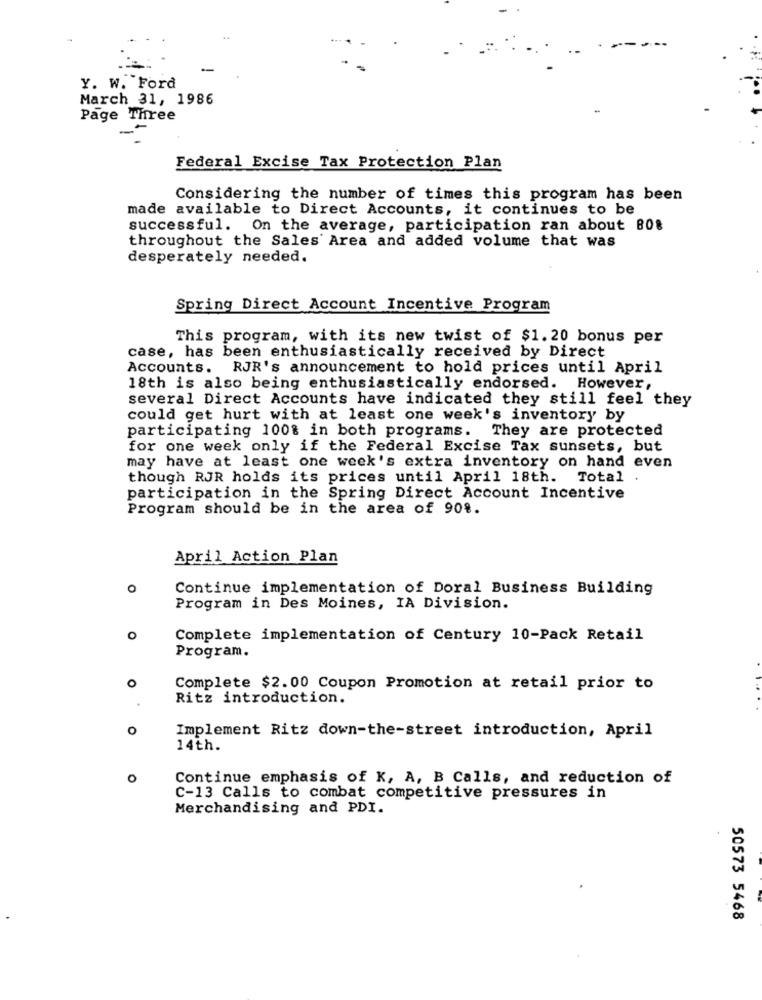
-
Y. W. Ford
March 31, 1986
Page Three
Federal Excise Tax Protection Plan
Considering the number of times this program has been
made available to Direct Accounts, it continues to be
successful. On the average, participation ran about 80%
throughout the Sales Area and added volume that was
desperately needed.
Spring Direct Account Incentive Program
This program, with its new twist of $1.20 bonus per
case, has been enthusiastically received by Direct
Accounts.
RJR's announcement to hold prices until April
18th is also being enthusiastically endorsed. However,
several Direct Accounts have indicated they still feel they
could get hurt with at least one week's inventory by
participating 100% in both programs. They are protected
for one week only if the Federal Excise Tax sunsets, but
may have at least one week's extra inventory on hand even
though RJR holds its prices until April 18th.
Total .
participation in the Spring Direct Account Incentive
Program should be in the area of 908.
April Action Plan
O
Continue implementation of Doral Business Building
Program in Des Moines, IA Division.
O
Complete implementation of Century 10-Pack Retail
Program.
O
Complete $2.00 Coupon Promotion at retail prior to
Ritz introduction.
O
Implement Ritz down-the-street introduction, April
14th.
O
Continue emphasis of K, A, B Calls, and reduction of
C-13 Calls to combat competitive pressures in
Merchandising and PDI.
50573 5468